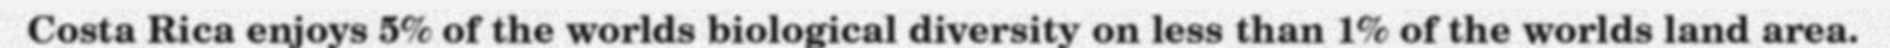
Costa Rica enjoys 5% of the worlds biological diversity on less than 1% of the worlds land area.